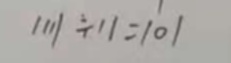
1 1 1 \div 1 1 = 1 0 1